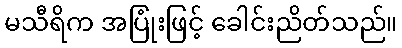
မသီရိက အပြုံးဖြင့် ခေါင်းညိတ်သည်။